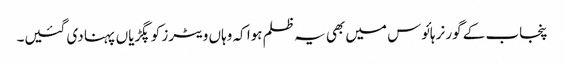
پنجاب کے گورنر ہائوس میں بھی یہ ظلم ہوا کہ وہاں ویٹرز کو پگڑیاں پہنا دی گئیں۔